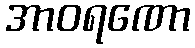
အာဝရဏော